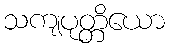
သကျပုတ္တိယော